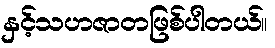
နှင့်သဟဇာတဖြစ်ပါတယ်။